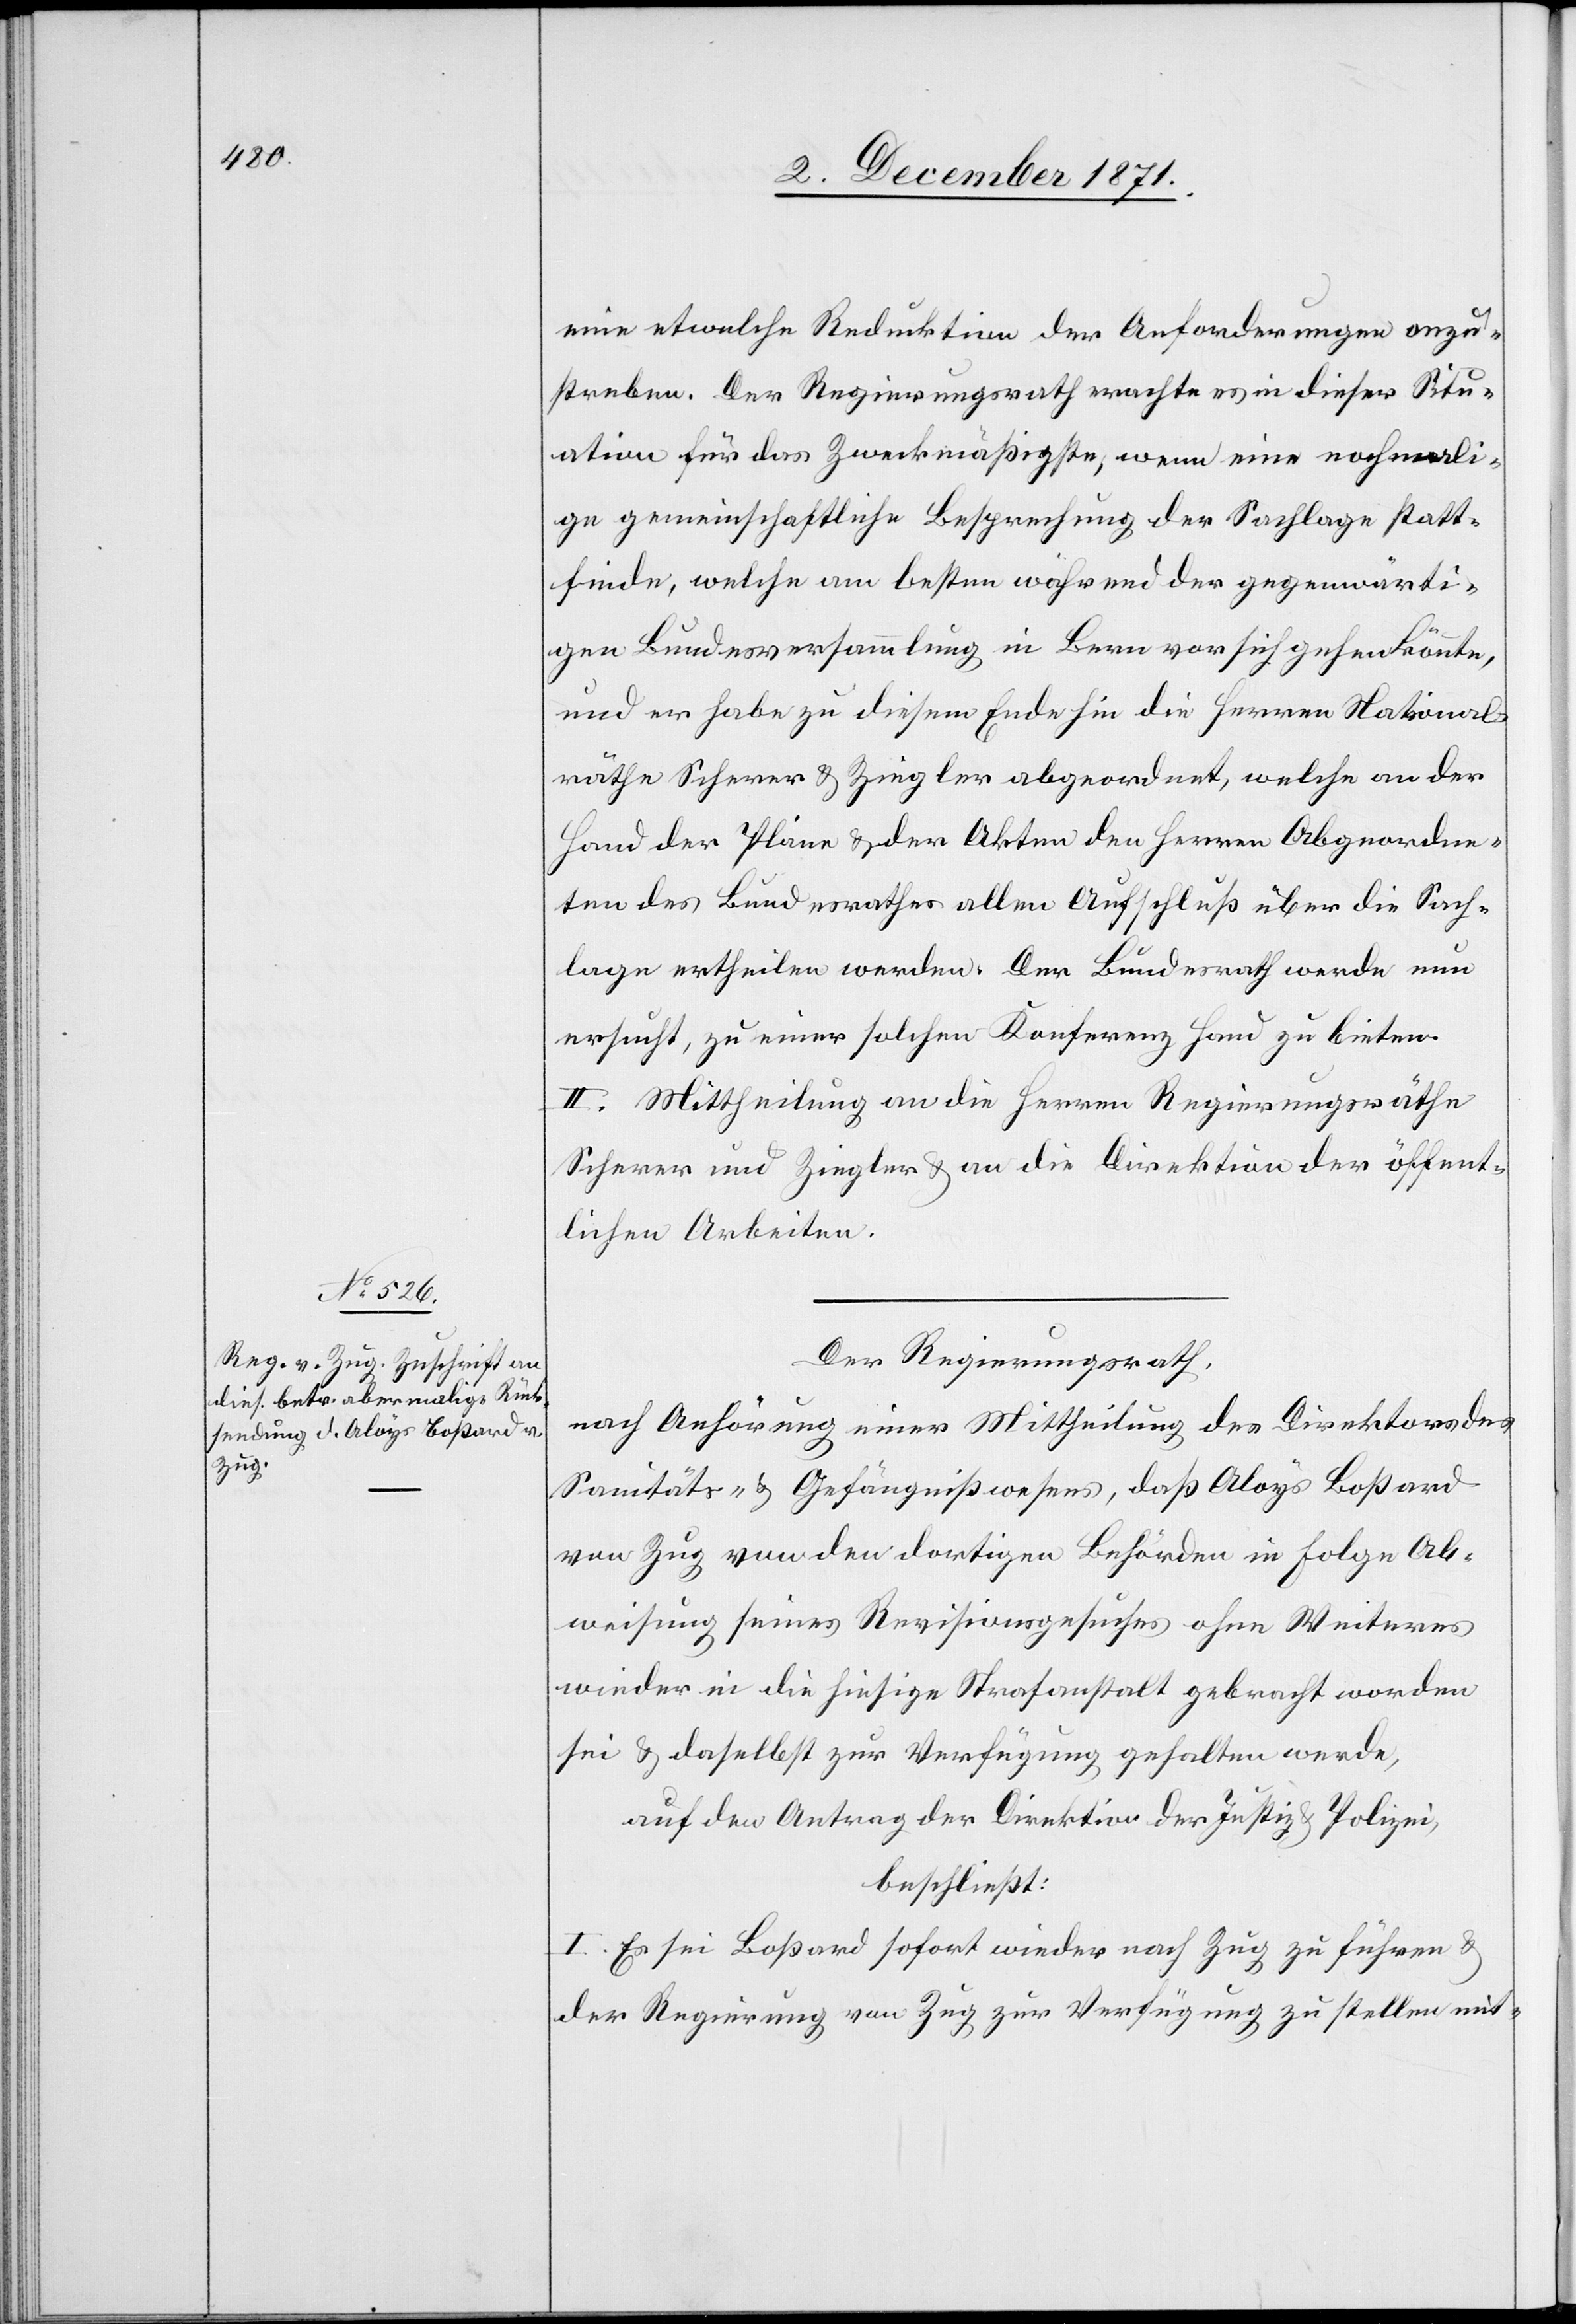
eine etwelche Reduktion der Anforderungen anzu¬
streben. Der Regierungsrath erachte es in dieser Situ¬
ation für das Zweckmäßigste, wenn eine nochmali¬
ge gemeinschaftliche Besprechung der Sachlage statt¬
finde, welche am besten während der gegenwärti¬
gen Bundesversammlung in Bern vor sich gehen könnte,
und er habe zu diesem Ende hin die Herren National¬
räthe Scherrer & Ziegler abgeordnet, welche an der
Hand der Pläne & der Akten den Herren Abgeordne¬
ten des Bundesrathes allen Aufschluß über die Sach¬
lage ertheilen werden. Der Bundesrath werde nun
ersucht, zu einer solchen Konferenz Hand zu bieten.
II. Mittheilung an die Herren Regierungsräthe
Scherer und Ziegler & an die Direktion der öffent¬
lichen Arbeiten.
Der Regierungsrath,
nach Anhörung einer Mittheilung des Direktors des
Sanitäts- & Gefängnißwesens, daß Aloys Boßard
von Zug von den dortigen Behörden in Folge Ab¬
weisung seines Revisionsgesuches ohne Weiteres
wieder in die hiesige Strafanstalt gebracht worden
sei & daselbst zur Verfügung gehalten werde,
auf den Antrag der Direktion der Justiz & Polizei,
beschließt:
I. Es sei Boßard sofort wieder nach Zug zu führen &
der Regierung von Zug zur Verfügung zu stellen mit-